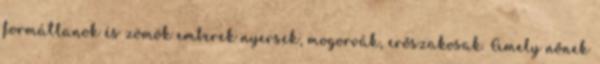
formátlanok és zömök emberek nyersek, mogorvák, erőszakosak. Amely nőnek